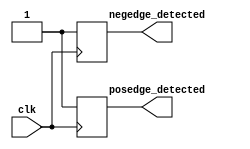
module clock_edge_detector (
    input wire clk,
    output reg posedge_detected,
    output reg negedge_detected
);

// Behavioral modeling block to detect positive edge transition
always @(posedge clk) begin
    posedge_detected <= 1;
end

// Behavioral modeling block to detect negative edge transition
always @(negedge clk) begin
    negedge_detected <= 1;
end

endmodule